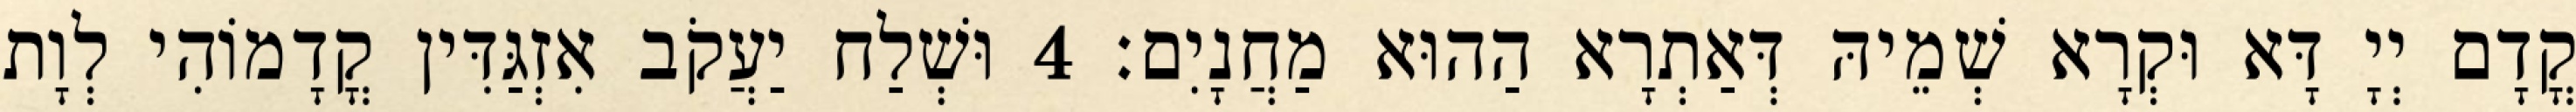
קֳדָם יְיָ דָּא וּקְרָא שְׁמֵיהּ דְּאַתְרָא הַהוּא מַחֲנָיִם׃ 4 וּשְׁלַח יַעֲקֹב אִזְגַּדִּין קֳדָמוֹהִי לְוָת